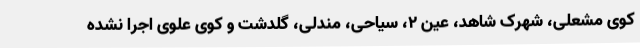
کوی مشعلی، شهرک شاهد، عین 2، سیاحی، مندلی، گلدشت و کوی علوی اجرا نشده